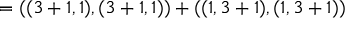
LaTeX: = ( ( 3 + 1 , 1 ) , ( 3 + 1 , 1 ) ) + ( ( 1 , 3 + 1 ) , ( 1 , 3 + 1 ) )